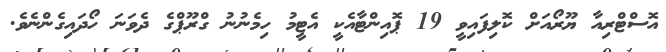
އޮސްޓްރިއާ ޔޫރޯއަށް ކޮލިފައިވީ 19 ޕޮއިންޓާއެކީ އެޓީމު ހިމެނުނު ގްރޫޕްގެ ދެވަނަ ހޯދައިގެންނެވެ.